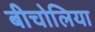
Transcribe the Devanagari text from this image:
बीचोलिया